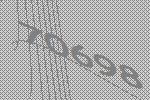
70698